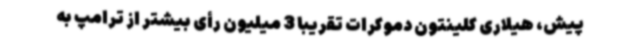
پیش، هیلاری کلینتون دموکرات تقریباً 3 میلیون رأی بیشتر از ترامپ به